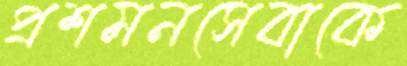
প্রশমনসেবাকে